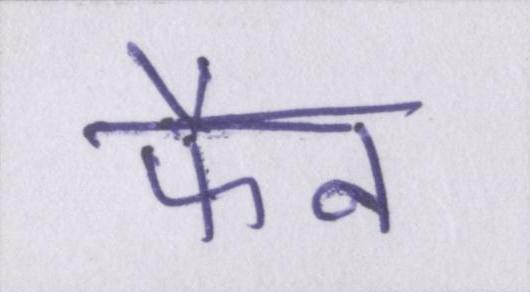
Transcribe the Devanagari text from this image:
फैन